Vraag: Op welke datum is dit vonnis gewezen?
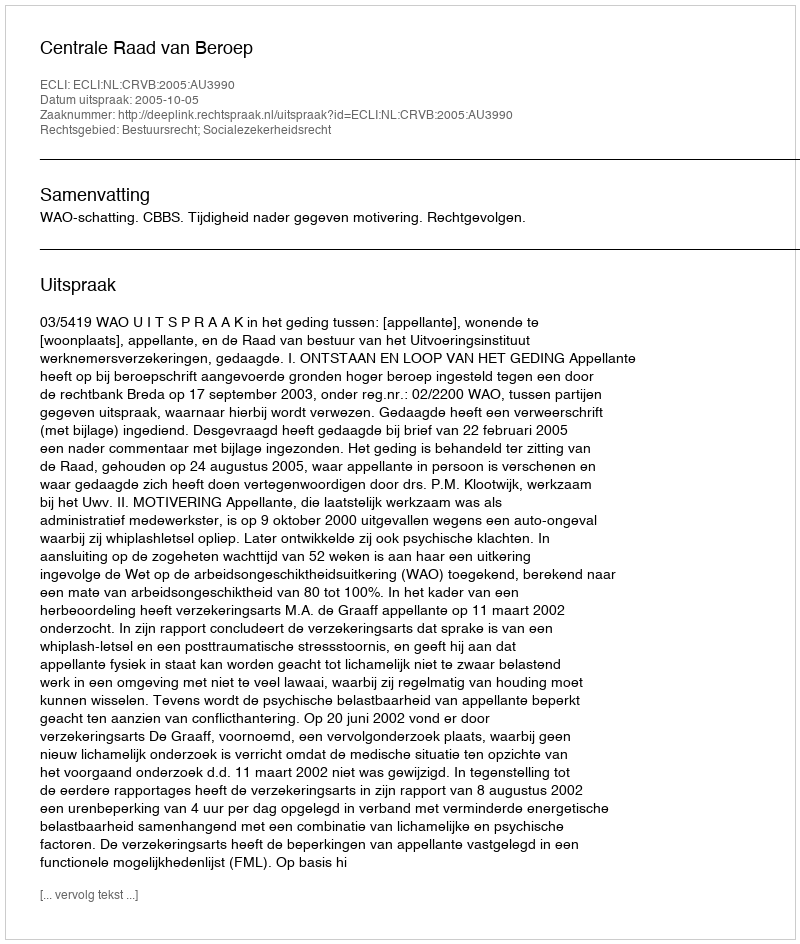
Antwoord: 2005-10-05